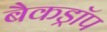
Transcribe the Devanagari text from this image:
बैकड्राॅप